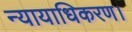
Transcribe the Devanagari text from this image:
न्यायाधिकरण।